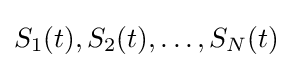
S_{1}(t),S_{2}(t),\ldots ,S_{N}(t)